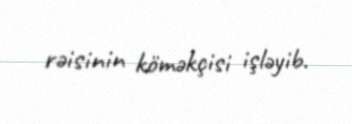
rəisinin köməkçisi işləyib.